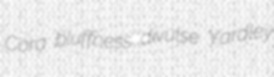
Cora bluffness divulse Yardley